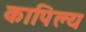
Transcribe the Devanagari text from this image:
कापिल्य